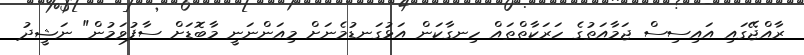
ރާއްޖޭގައި އައިސިސް ޖަމާއަތުގެ ހަރަކާތްތައް ހިނގާކަން އަޅުގަނޑުމެނަށް މިއަންނަނީ މާބޮޑަށް ސާފުވަމުން" ނަޝީދު